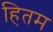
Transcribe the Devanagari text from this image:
हितम